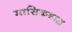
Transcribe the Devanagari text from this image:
मासिकश्राद्ध